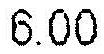
6.00